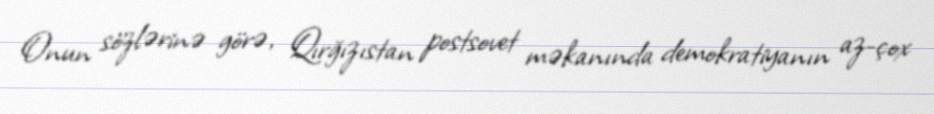
Onun sözlərinə görə, Qırğızıstan postsovet məkanında demokratiyanın az-çox